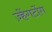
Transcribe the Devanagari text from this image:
ज़्हेंगटोंग